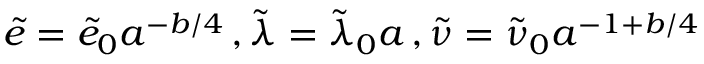
\tilde { e } = \tilde { e } _ { 0 } a ^ { - b / 4 } \, , \tilde { \lambda } = \tilde { \lambda } _ { 0 } a \, , \tilde { \nu } = \tilde { \nu } _ { 0 } a ^ { - 1 + b / 4 }